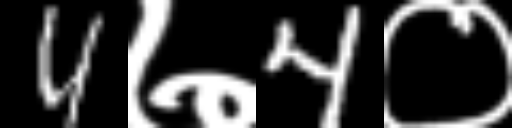
Text: 4७4०